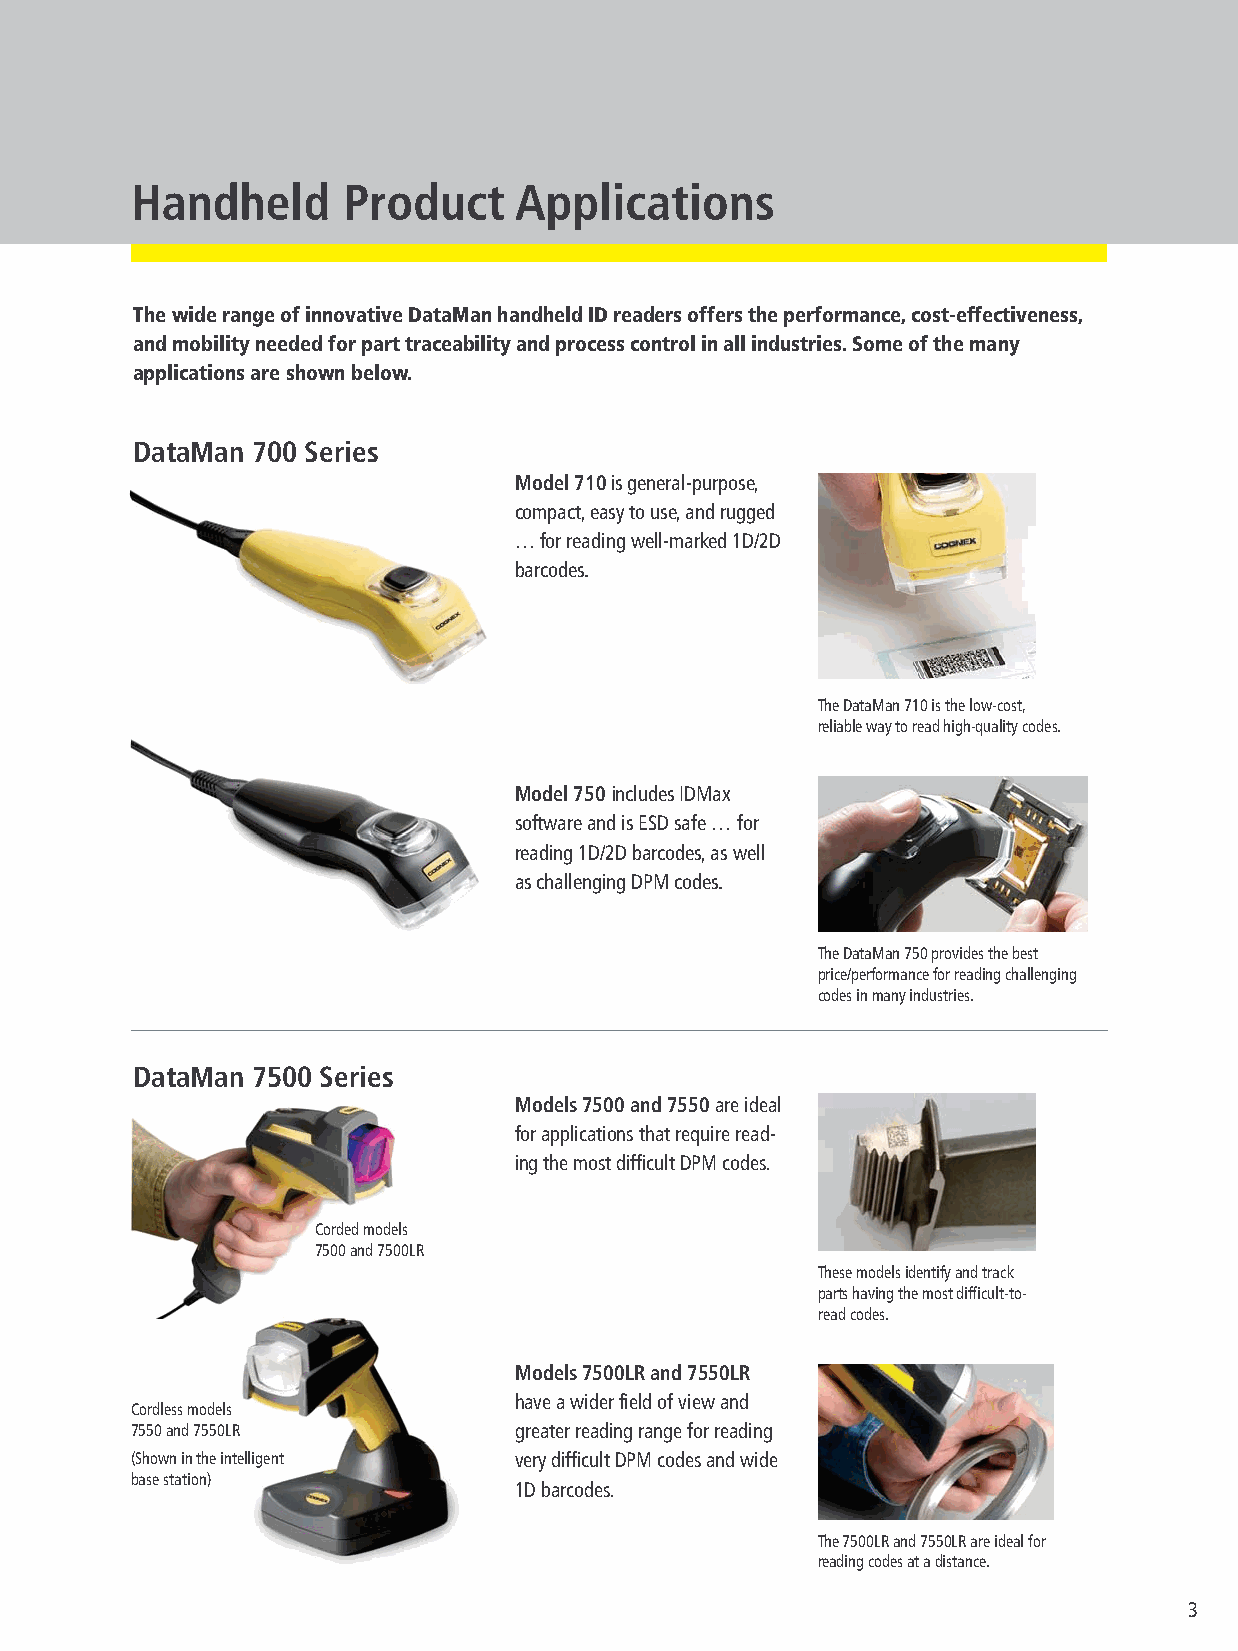
Handheld      Product    Applications
 The wide range of innovative DataMan handheld ID readers offers the performance, cost-effectiveness,
 and mobility needed for part traceability and process control in all industries. Some of the many
 applications are shown below.
 DataMan 700 Series
 Model 710is general-purpose,
 compact, easy to use, and rugged
 … for reading well-marked 1D/2D
 barcodes.
 The DataMan 710 is the low-cost,
 reliable way to read high-quality codes.
 Model 750 includes IDMax
 software and is ESD safe … for
 reading 1D/2D barcodes, as well
 as challenging DPM codes.
 The DataMan 750 provides the best
 price/performance for reading challenging
 codes in many industries.
 DataMan 7500 Series
 Models 7500 and 7550are ideal
 for applications that require read-
 ing the most difficult DPM codes.
 Corded models
 7500 and 7500LR
 These models identify and track
 parts having the most difficult-to-
 read codes.
 Models 7500LR and 7550LR
 have a wider field of view and
 Cordless models
 7550 and 7550LR          greater reading range for reading
 (Shown in the intelligent very difficult DPM codes and wide
 base station)
 1D barcodes.
 The 7500LR and 7550LR are ideal for
 reading codes at a distance.
 3